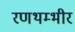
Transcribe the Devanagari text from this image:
रणथम्भीर